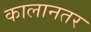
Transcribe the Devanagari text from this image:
कालानतर